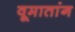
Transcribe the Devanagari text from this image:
वूमातांग